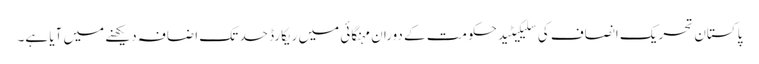
پاکستان تحریک انصاف کی سلیکیٹید حکومت کے دوران مہنگائی میں ریکارڈ حد تک اضافہ دیکھنے میں آیا ہے۔